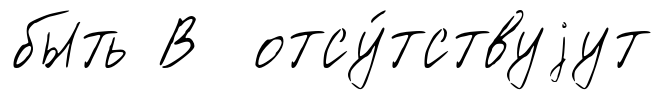
быть В отсу́тствуjут